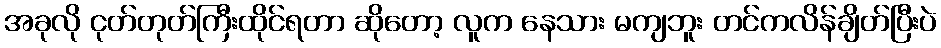
အခုလို ငုတ်တုတ်ကြီးထိုင်ရတာ ဆိုတော့ လူက နေသား မကျဘူး တင်ကလိန်ချိတ်ပြီးပဲ